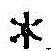
*